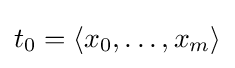
t_{0}=\langle x_{0},\dots ,x_{m}\rangle